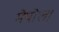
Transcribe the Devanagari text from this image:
मेपोल।